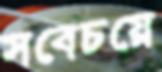
সবেচয়ে